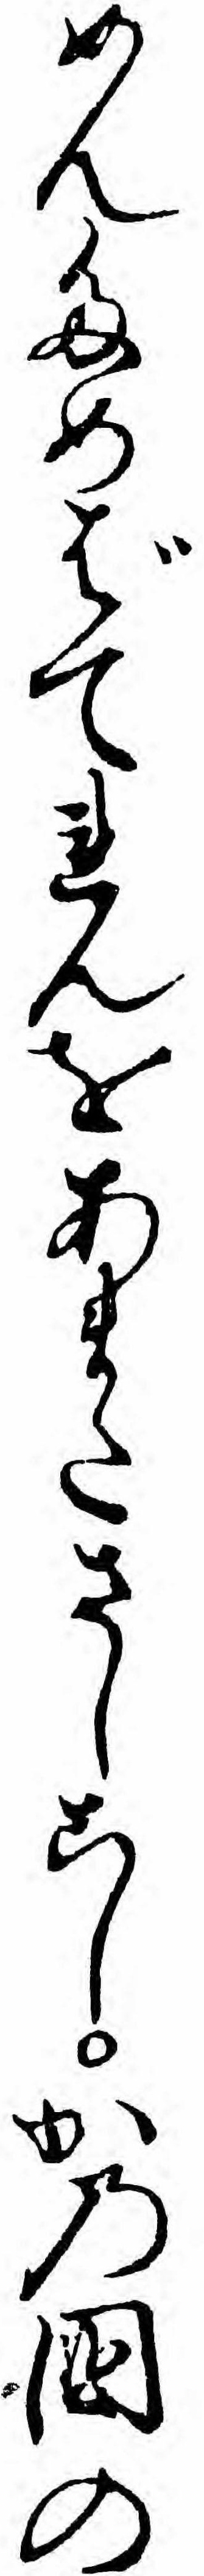
めんためばてれんをあまたさしこしかの国の